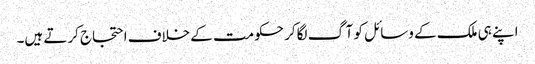
اپنے ہی ملک کے وسائل کو آگ لگاکر حکومت کے خلاف احتجاج کرتے ہیں۔